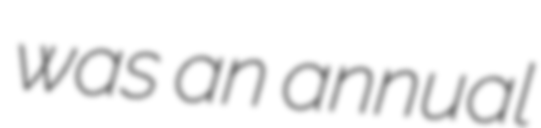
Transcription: was an annual